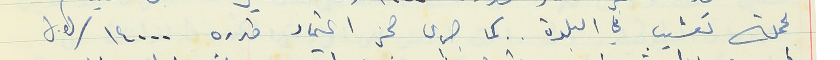
بحملة تعشيب في البلدة . . كما جرى حجز اعتماد قدره ١٤٠٠٠/ل.ل